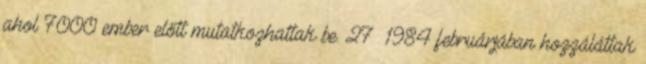
ahol 7000 ember előtt mutatkozhattak be. 27 1984 februárjában hozzáláttak